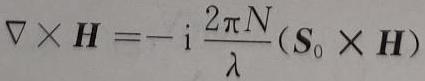
$\nabla\times\boldsymbol{H}=-\mathrm{i}\frac{2\pi N}{\lambda}(\boldsymbol{S}_{0}\times\boldsymbol{H})$